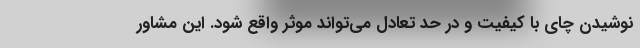
نوشیدن چای با کیفیت و در حد تعادل می‌تواند موثر واقع شود. این مشاور